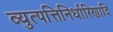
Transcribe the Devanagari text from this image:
व्युत्पत्तिनिर्धारिणादि